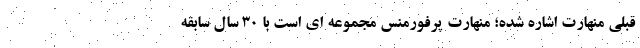
قبلی منهارت اشاره شده؛ منهارت پرفورمنس مجموعه ای است با 30 سال سابقه